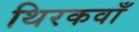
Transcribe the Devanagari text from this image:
थिरकवाँ